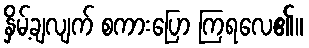
နှိမ့်ချလျက် စကားပြော ကြရလေ၏။